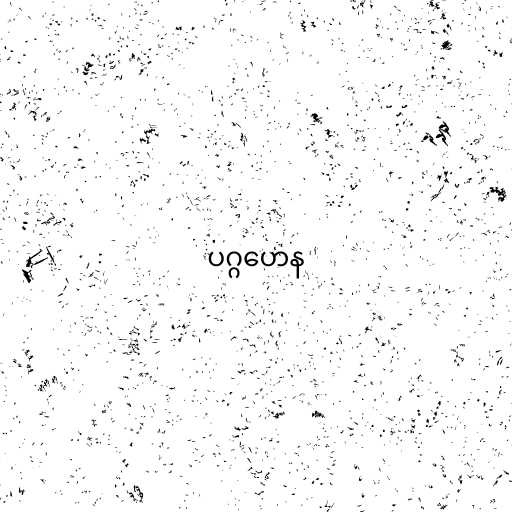
ပဂ္ဂဟေန